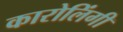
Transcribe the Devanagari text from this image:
कारोलिंगी